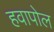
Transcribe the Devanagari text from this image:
हवापोल